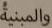
والمبنية